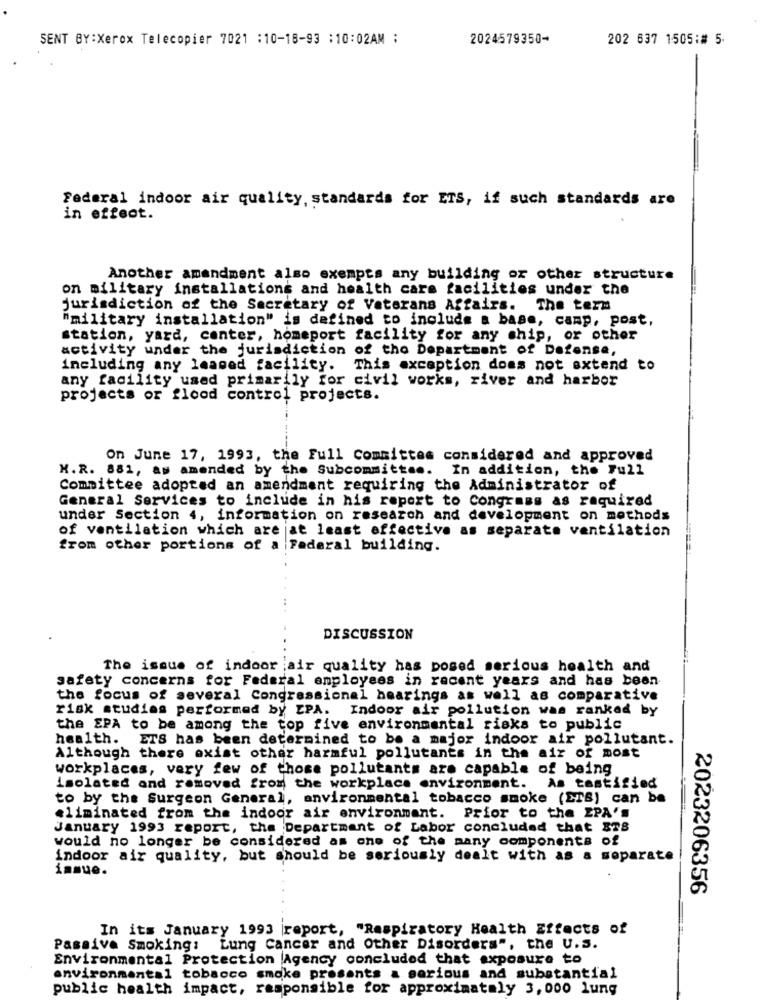
SENT BY:Xerox Telecopier 7021 :10-18-93 :10:02AM :
2024579350-
202 637 1505:# 5.
Federal indoor air quality, standards for ETS, if such standards are
in effect.
Another amendment also exempts any building or other structure
on military installations and health care facilities under the
jurisdiction of the Secretary of Veterans Affairs. The term
"military installation" is defined to include a base, camp, post,
station, yard, center, homeport facility for any chip, or other
activity under the jurisdiction of the Department of Defense,
including any leased facility. This exception does not extend to
any facility used primarily for civil works, river and harbor
projects or flood control projects.
On June 17, 1993, the Full Committee considered and approved
K.R. 881, as amended by the Subcommittee. In addition, the Full
Committee adopted an amendment requiring the Administrator of
General Services to include in his report to Congress as required
under Section 4, information on research and development on methods
of ventilation which are at least effective as separate ventilation
from other portions of a Faderal building.
DISCUSSION
The issue of indoor air quality has posed serious health and
safety concerns for Federal employees in recent years and has been
the focus of several Congressional hearings as well as comparative
risk studies performed by EPA. Indoor air pollution was ranked by
the EPA to be among the top five environmental risks to public
health. ETS has been determined to be a major indoor air pollutant.
Although there exist other harmful pollutants in the air of most
workplaces, very few of those pollutants are capable of being
isolated and removed from the workplace environment. As tastified
to by the Surgeon General, anvironmental tobacco smoke (ETS) can be
eliminated from the indoor air environment. Prior to the ZPA's
January 1993 report, the Department of Labor concluded that 38
would no longer be considered as one of the many components of
indoor air quality, but should be seriously dealt with as a separate
issue.
2023206356
In its January 1993 |report, "Respiratory Health Effects of
Passive Smoking: Lung Cancer and Other Disorders", the U.S.
Environmental Protection Agency concluded that exposure to
environmental tobacco smoke presents a serious and substantial
public health impact, responsible for approximately 3,000 lung